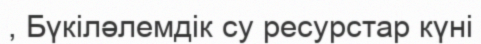
, Бүкіләлемдік су ресурстар күні